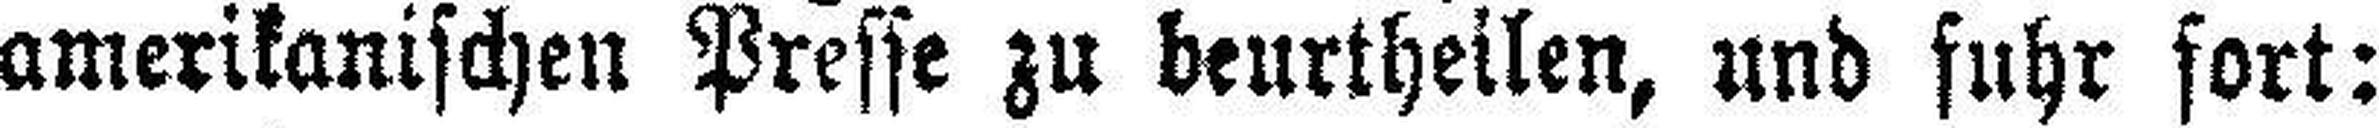
amerikanischen Presse zu beurtheilen, und fuhr fort: